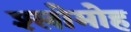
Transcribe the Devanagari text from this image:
श्लोमोह